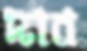
দাব